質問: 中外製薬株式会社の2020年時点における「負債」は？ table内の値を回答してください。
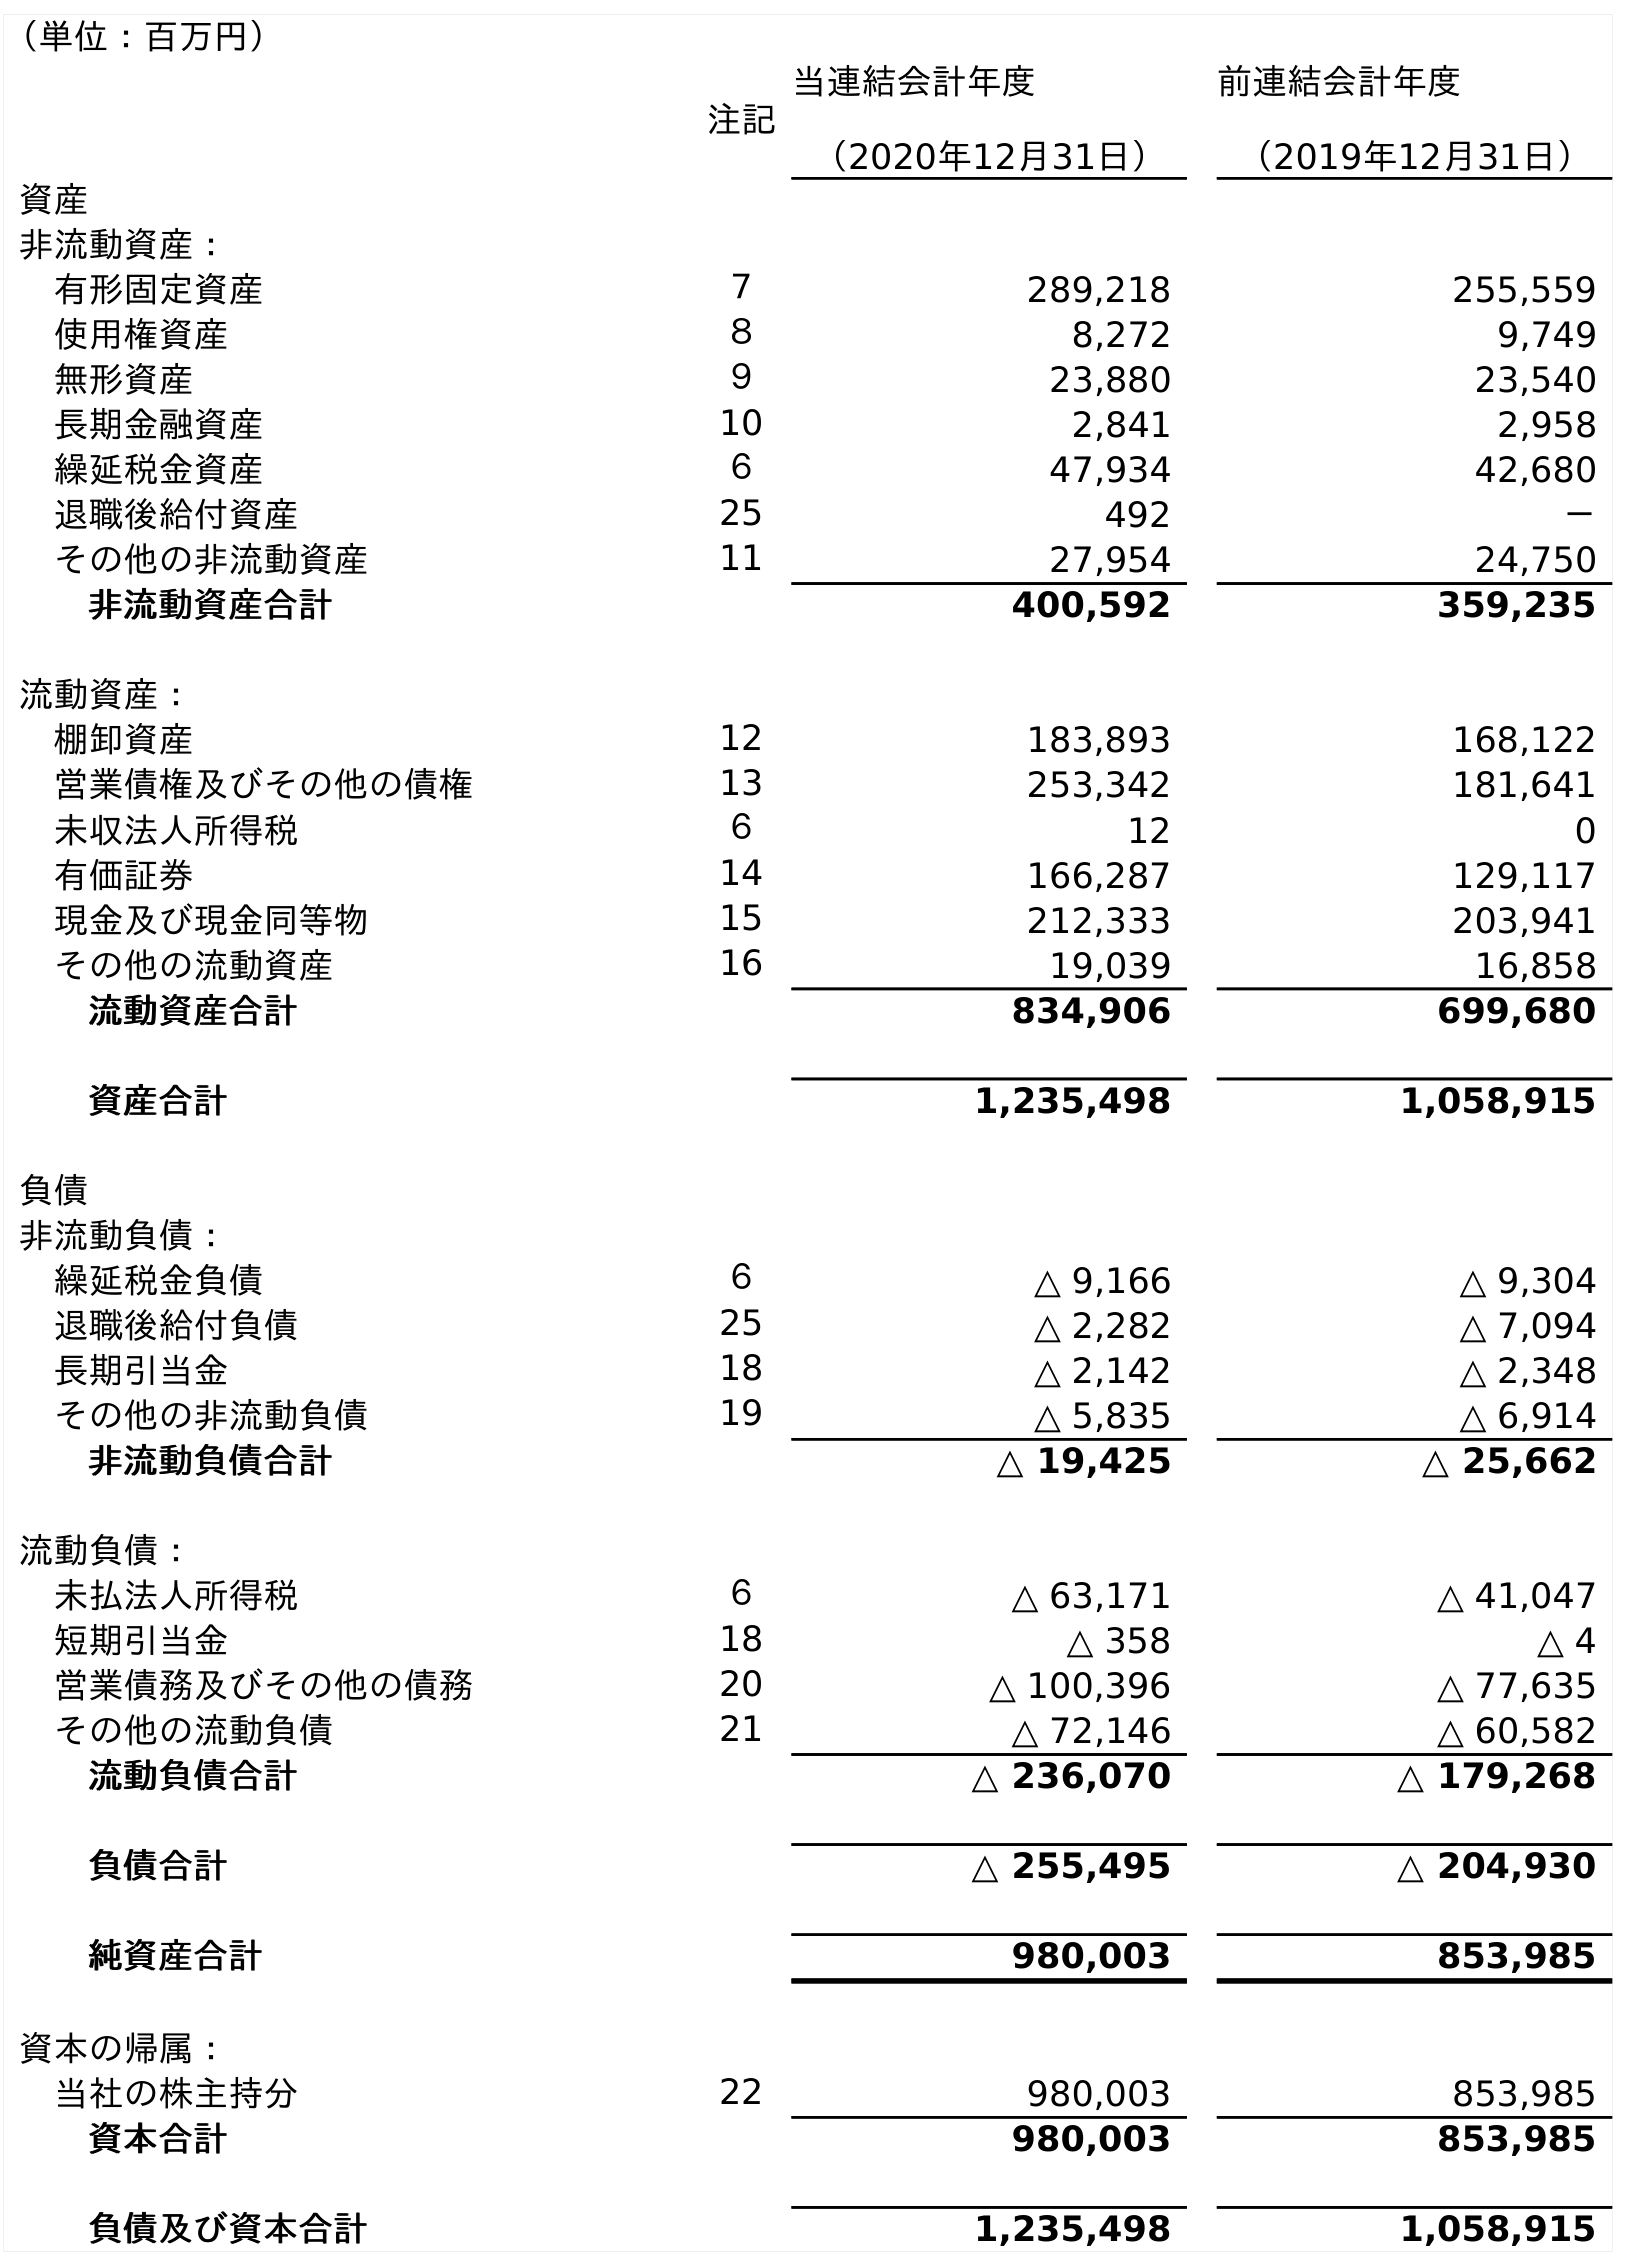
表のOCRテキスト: （単位：百万円） 注記 当連結会計年度 （2020年12月31日） 前連結会計年度 （2019年12月31日） 資産 非流動資産： 有形固定資産 ７ 289,218 255,559 使用権資産 ８ 8,272 9,749 無形資産 ９ 23,880 23,540 長期金融資産 10 2,841 2,958 繰延税金資産 ６ 47,934 42,680 退職後給付資産 25 492 － その他の非流動資産 11 27,954 24,750 非流動資産合計 400,592 359,235 流動資産： 棚卸資産 12 183,893 168,122 営業債権及びその他の債権 13 253,342 181,641 未収法人所得税 ６ 12 0 有価証券 14 166,287 129,117 現金及び現金同等物 15 212,333 203,941 その他の流動資産 16 19,039 16,858 流動資産合計 834,906 699,680 資産合計 1,235,498 1,058,915 負債 非流動負債： 繰延税金負債 ６ △ 9,166 △ 9,304 退職後給付負債 25 △ 2,282 △ 7,094 長期引当金 18 △ 2,142 △ 2,348 その他の非流動負債 19 △ 5,835 △ 6,914 非流動負債合計 △ 19,425 △ 25,662 流動負債： 未払法人所得税 ６ △ 63,171 △ 41,047 短期引当金 18 △ 358 △ 4 営業債務及びその他の債務 20 △ 100,396 △ 77,635 その他の流動負債 21 △ 72,146 △ 60,582 流動負債合計 △ 236,070 △ 179,268 負債合計 △ 255,495 △ 204,930 純資産合計 980,003 853,985 資本の帰属： 当社の株主持分 22 980,003 853,985 資本合計 980,003 853,985 負債及び資本合計 1,235,498 1,058,915
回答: △255,495